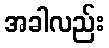
အခါလည်း